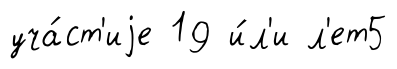
уча́ст'иjе 19 и́л'и л'ет5